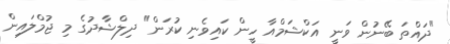
"ދައްތަ ބޭނުން ވަނީ އަކްޝަމްއާ ހީން ކައިވެނި ކުރަން" ދިލްޝާދުގެ މި ޖުމްލައިން